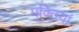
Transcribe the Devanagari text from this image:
पक्तियां